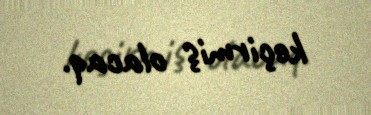
keçirmiş olacaq.